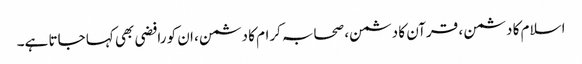
اسلام کا دشمن ، قرآن کا دشمن، صحابہ کرام کا دشمن، ان کو رافضی بھی کہا جاتا ہے۔